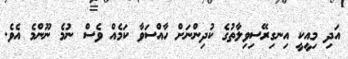
އަދި މިއީކީ އިނގިރޭސިވިލާތުގެ ކުދިންނަށް ހާއްސަވާ ކަމެއް ވެސް ނުމެ ނޫންމެ އެވެ.